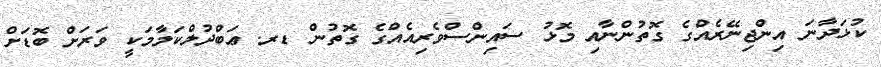
ކުޅަދާނަ އިންޖިނޭރެއްގެ ގޮތުންނާއި މޮޅު ސައިންސްވެރިއެއްގެ ގޮތުން ޑރ. ޢަބްދުލްކަލާމަކީ ވަރަށް ބޮޑަށް